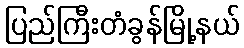
ပြည်ကြီးတံခွန်မြို့နယ်